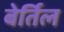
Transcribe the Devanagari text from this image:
बेर्तिल